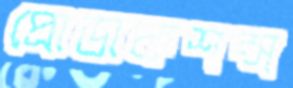
প্রোডাকশন্স